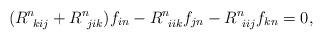
LaTeX: \begin{align*}(R^n_{~kij} + R^n_{~jik})f_{in} - R^n_{~iik}f_{jn} - R^n_{~iij}f_{kn} = 0, \end{align*}